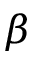
\beta